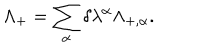
\Lambda _ { + } = \sum _ { \alpha } \delta \lambda ^ { \alpha } \Lambda _ { + , \alpha } .